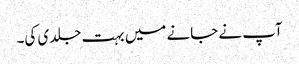
آپ نے جانے میں بہت جلدی کی۔